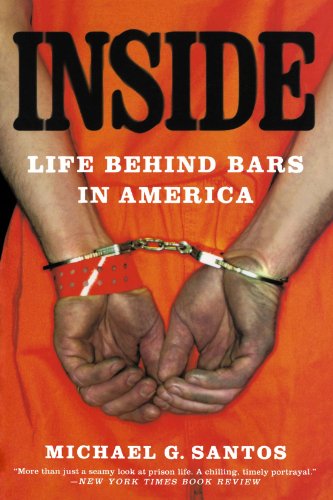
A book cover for Inside: Life Behind Bars in America; Michael G. Santos; Politics & Social Sciences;